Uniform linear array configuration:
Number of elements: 8
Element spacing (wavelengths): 0.5
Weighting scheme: kaiser
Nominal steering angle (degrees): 45
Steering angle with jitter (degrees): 45.067
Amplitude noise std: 0.05
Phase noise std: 0.05

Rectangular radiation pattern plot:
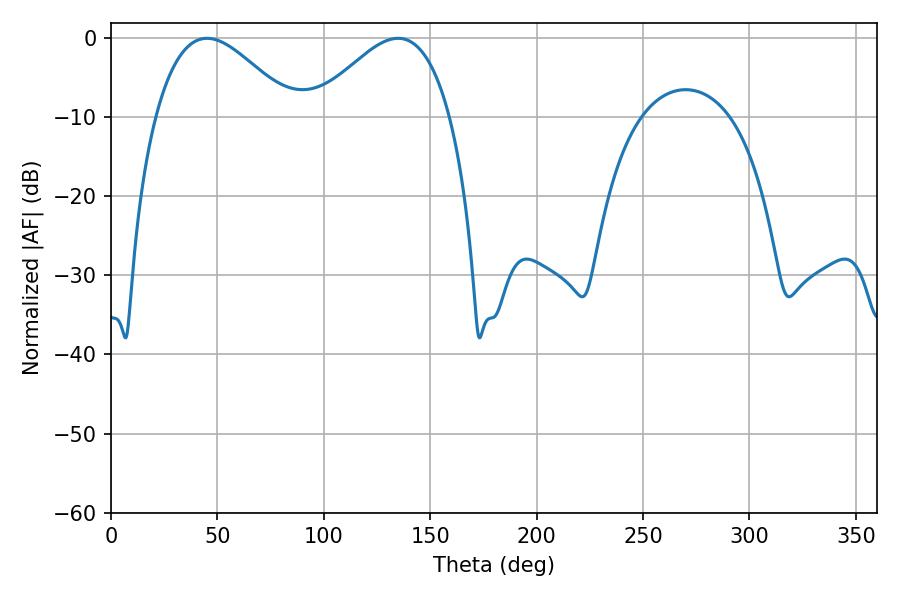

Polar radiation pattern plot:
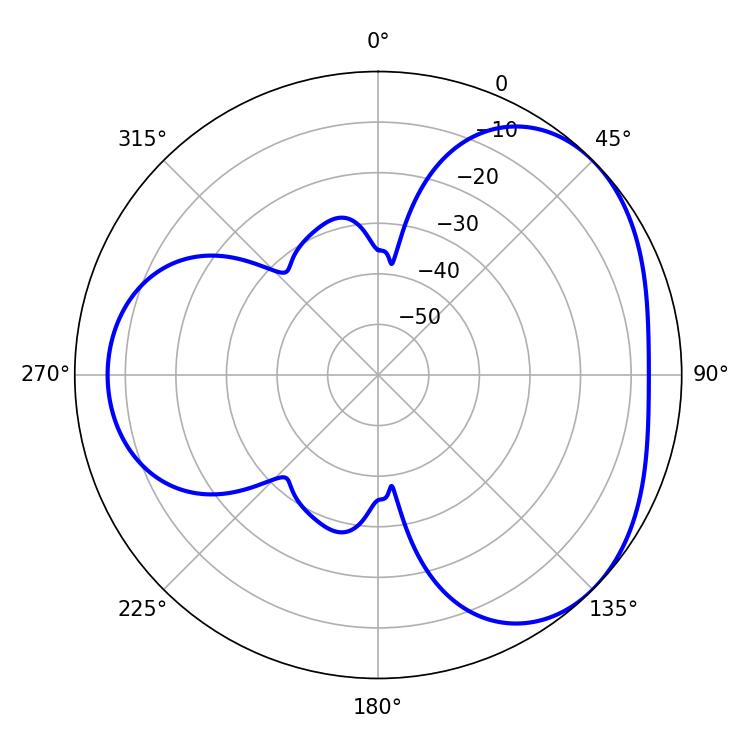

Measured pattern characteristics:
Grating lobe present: FALSE
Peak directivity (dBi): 3.67
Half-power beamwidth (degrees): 34.56
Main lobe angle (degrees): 45.18